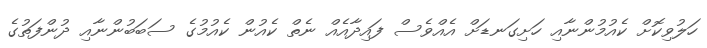
ހަލުވިކޮށް ކެއުމުންނާއި ހަށިގަނޑަށް އެއްވެސް ފައިދާއެއް ނެތް ކެއުން ކެއުމުގެ ސަބަބުންނާއި ދުންފަތުގެ